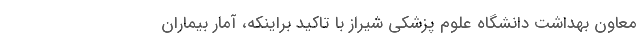
معاون بهداشت دانشگاه علوم پزشکی شیراز با تاکید براینکه، آمار بیماران